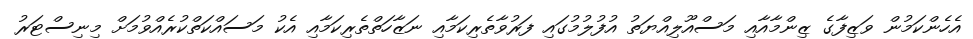
އެހެންކަމުން ވަޒިފާގެ ޒިންމާއާއި މަސްއޫލިއްޔަތު އުފުލުމުގައި ފަރުވާތެރިކަމާއި ނަޒާހަތްތެރިކަމާއި އެކު މަސައްކަތްކުރެއްވުމަށް މިނިސްޓަރު